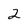
Character: 2